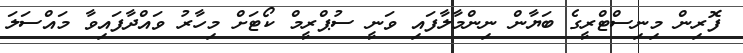
ފޮރިން މިނިސްޓްރީގެ ބަޔާން ނިންމާލާފައި ވަނީ ސުޕްރީމް ކޯޓަށް މިހާރު ވައްދާފައިވާ މައްސަލަ